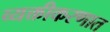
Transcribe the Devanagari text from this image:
व्यक्तीकरणात